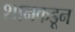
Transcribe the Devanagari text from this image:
शानकडून